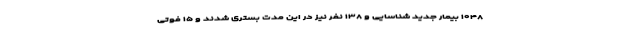
۱۰۴۸ بیمار جدید شناسایی و ۱۳۸ نفر نیز در این مدت بستری شدند و ۱۵ فوتی